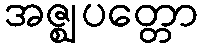
အဇ္ဈပတ္တော